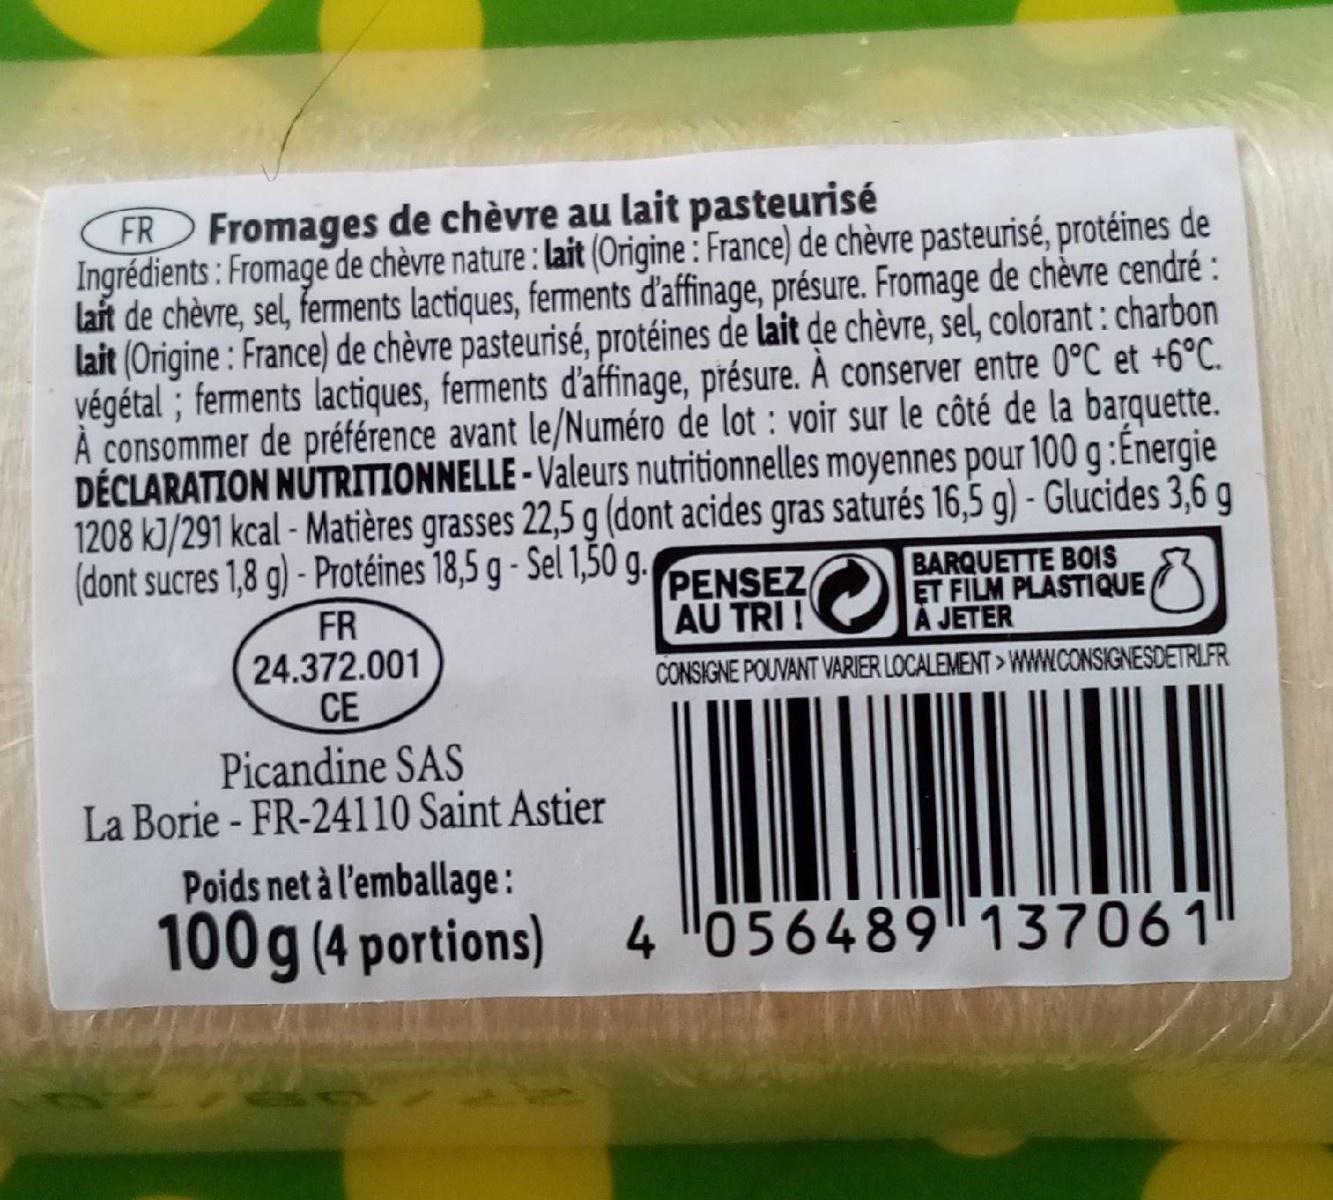
FR Fromages de chèvre au lait pasteurisé Ingrédients : Fromage de chèvre nature : lait (Origine : France) de chèvre pasteurisé, protéines de laft de chèvre, sel, ferments lactiques, ferments d'affinage, présure. Fromage de chěvre cendré : lait (Origine : France) de chèvre pasteurisé, protéines de lait de chèvre, sel, colorant : charbon végétal ; ferments lactiques, ferments d'affinage, présure. À conserver entre 0°C et +6°C. A consommer de préférence avant le/Numéro de lot : voir sur le côté de la barquette. DÉCLARATION NÚTRITIONNELLE - Valeurs nutritionnelles moyennes pour 100 g :Energie 1208 kJ/291 kcal - Matières grasses 22,5 g (dont acides gras saturés 16,5 g) - Glucides 3,6 g (dont sucres 1,8 g) - Protéines 18,5 g - Sel 1,50 g.
PENSEZ AU TRI !
BARQUETTE BOIS ET FILM PLASTIQUE À JETER
FR 24.372.001 CE
CONSIGNE POUVANT VARIER LOCALEMENT > WWW.CONSIGNESDETRLFR
Picandine SAS La Borie - FR-24110 Saint Astier
Poids net à l'emballage: 100g (4 portions)
4 056489137061